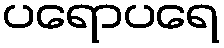
ပရောပရေ